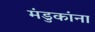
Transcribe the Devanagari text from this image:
मंडुकांना